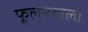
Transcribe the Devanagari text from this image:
फूलनेवाला